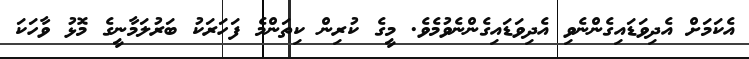
އެކަމަށް އެދިވަޑައިގެންނެވި އެދިވަޑައިގެންނެވުމެވެ. މީގެ ކުރިން ކިތަންމެ ފަހަރަކު ބަރުލަމާނީގެ މޮޅު ވާހަކަ